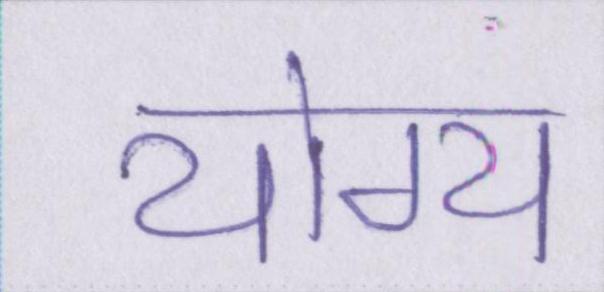
योग्य